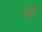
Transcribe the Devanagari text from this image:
पेड़े